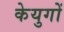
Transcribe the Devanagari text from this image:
केयुगों